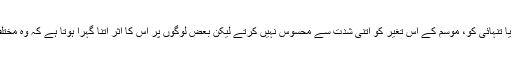
ان کے مطابق اکثر لوگ تو اس اداسی یا تنہائی کو، موسم کے اس تغیر کو اتنی شدت سے محسوس نہیں کرتے لیکن بعض لوگوں پر اس کا اثر اتنا گہرا ہوتا ہے کہ وہ مختلف ذہنی الجھنوں کا شکار ہوجاتے ہیں۔